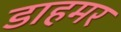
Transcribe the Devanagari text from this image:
डाहमर